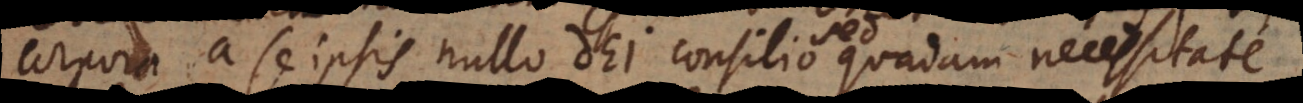
corpora a se ipsis nullo Dei consilio quadam necessitate